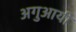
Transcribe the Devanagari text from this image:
अगुआयी